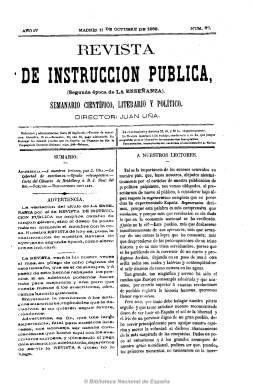
Título: Revista de instrucción pública (Madrid)
Colección: Educación
Ámbito geográfico: Madrid
Lugar de publicación: Madrid
Fechas: 10/10/1868-25/10/1868

A los pocos días de triunfar la Gloriosa y coincidiendo con el inicio del nuevo curso académico, el extremeño Juan Uña Gómez (1838-1909) continúa su labor de reformismo pedagógico a través de esta revista, que sólo implica un cambio en la cabecera de la que había publicado anteriormente con el título La enseñanza (1865-1868), y siguiendo la seriación de esta. Así, el 10 de octubre publica el número 67, de ocho páginas, y el 25 de octubre, otra entrega, en este caso con doble paginación, que secuencia como números 68-69.

Su objetivo seguirá siendo promover la ilustración del pueblo, reformar la enseñanza y velar por el profesorado, desde la defensa de la libertad de enseñanza y de cátedra. Contará con la firma de Julián Sanz del Río, del que Uña es fervoroso discípulo, junto a Francisco Giner de los Ríos y Fernando de Castro, que integrarán la denominada segunda generación del krausismo español. La publicación, de periodicidad semanal, insertará una crónica de Uña, así como una sección de disposiciones oficiales y otra de sueltos y revista de prensa. Uña será nombrado secretario de la Universidad de Madrid en esas mismas fechas.